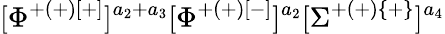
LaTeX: [\Phi^{+(+)[+]}]^{a_{2}+a_{3}}[\Phi^{+(+)[-]}]^{a_{2}}[\Sigma^{+(+)\{ +\} }]^{a_{4}}